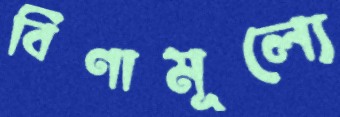
বিণামূল্যে